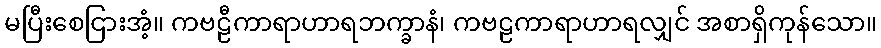
မပြီးစေငြားအံ့။ ကဗဠီကာရာဟာရဘက္ခာနံ၊ ကဗဠကာရာဟာရလျှင် အစာရှိကုန်သော။